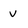
Character: V